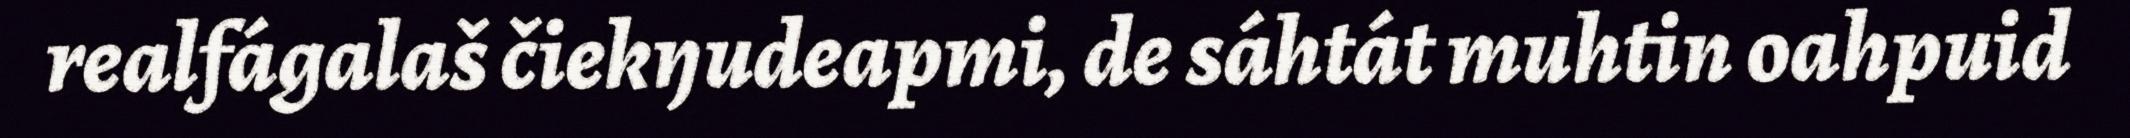
realfágalaš čiekŋudeapmi, de sáhtát muhtin oahpuid